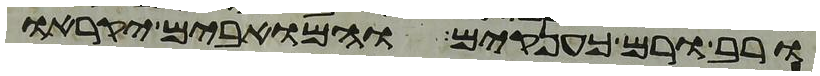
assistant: ורב ורם כענקים והמואבים יקראו